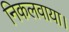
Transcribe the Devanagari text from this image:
निकलवाया।